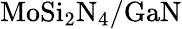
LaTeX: \mathrm{MoSi_{2}N_{4}/GaN}